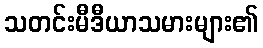
သတင်းမီဒီယာသမားများ၏